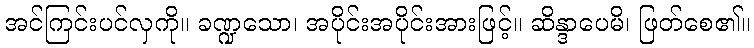
အင်ကြင်းပင်လှကို။ ခဏ္ဍသော၊ အပိုင်းအပိုင်းအားဖြင့်။ ဆိန္ဒာပေမိ၊ ဖြတ်စေ၏။